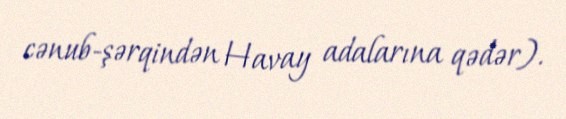
cənub-şərqindən Havay adalarına qədər).